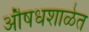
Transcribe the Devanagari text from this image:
औषधशाळेत